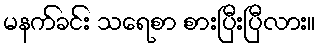
မနက်ခင်း သရေစာ စားပြီးပြီလား။